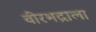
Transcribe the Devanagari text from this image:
वीरभद्राला